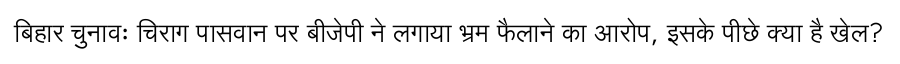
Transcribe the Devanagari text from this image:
बिहार चुनावः चिराग पासवान पर बीजेपी ने लगाया भ्रम फैलाने का आरोप, इसके पीछे क्या है खेल?